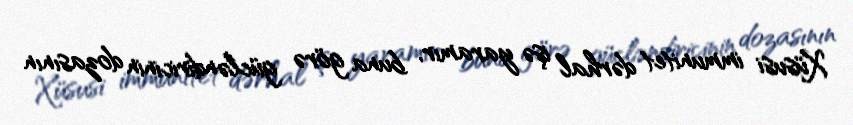
Xüsusi immunitet dərhal işə yaramır, buna görə gücləndiricinin dozasının